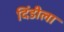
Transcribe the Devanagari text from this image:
दिंडीला